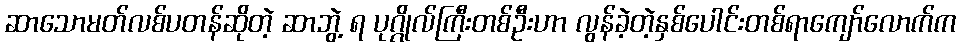
ဆာသောမတ်လစ်ပတန်ဆိုတဲ့ ဆာဘွဲ့ ရ ပုဂ္ဂိုလ်ကြီးတစ်ဦးဟာ လွန်ခဲ့တဲ့နှစ်ပေါင်းတစ်ရာကျော်လောက်က